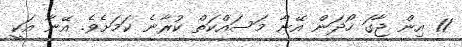
11 އިން ޖާގަ ހޯދަން އޭނާ މަސައްކަތް ކުރާނެ ކަމަށެވެ. އޭނާ އަކީ